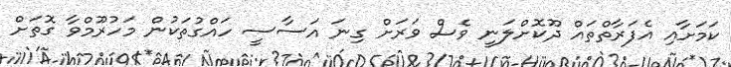
ކަމަށާއި އެފަރާތްތައް ދޫކޮށްލަނީ ވެސް ވަރަށް ގިނަ އަސާސީ ހައްގުތަކުން މަހުރޫމްވާ ގޮތަށް